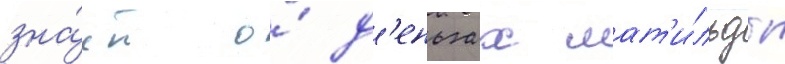
зна́ет о́ д'еньгах мат'и́льды